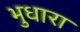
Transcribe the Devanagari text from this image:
भुधारा